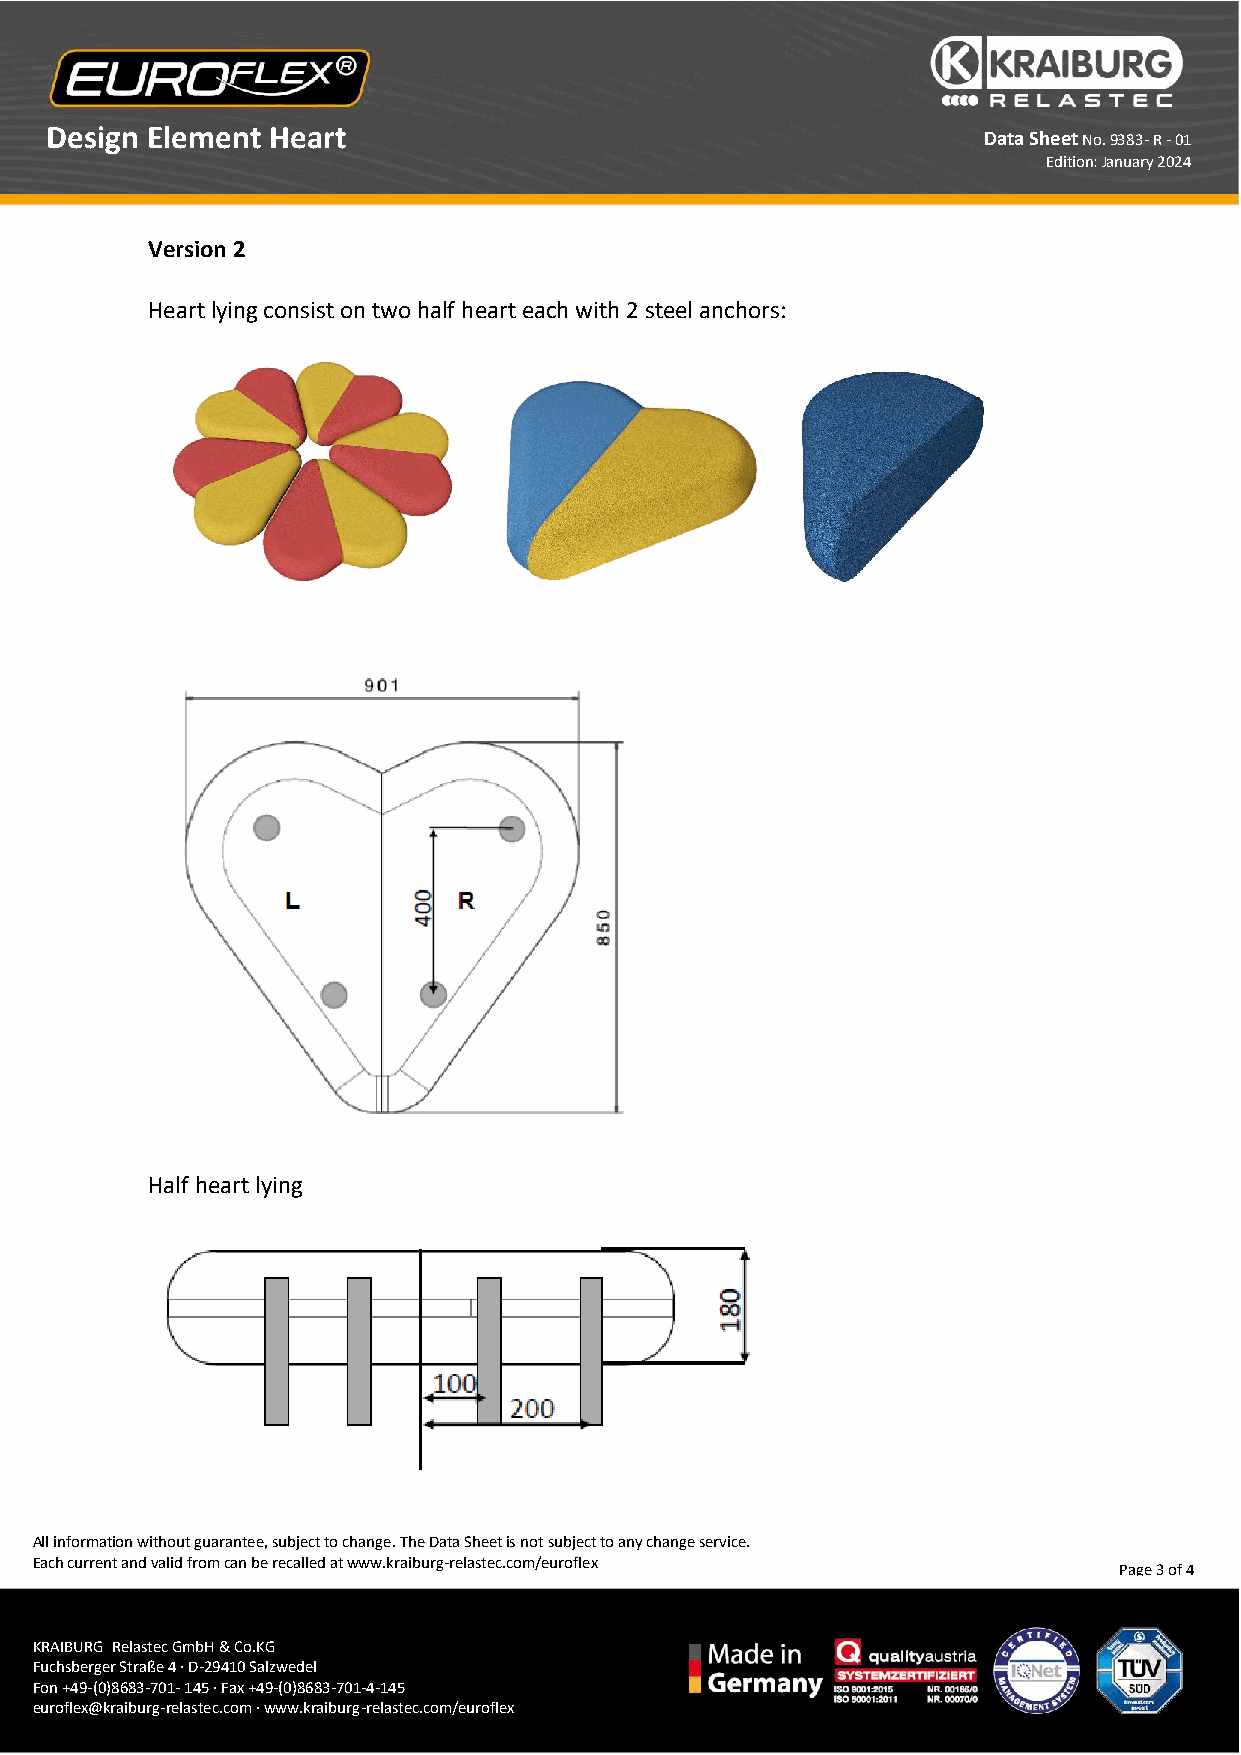
Design Element Heart
 Data Sheet No. 9383- R - 01
 Edition: January 2024
 Version 2
 Heart lying consist on two half heart each with 2 steel anchors:
 Half heart lying
 All information w ithout guarantee, subject to change. The Data Sheet is not subject to any change service.
 Each current and valid from can be recalled at www.kraiburg-relastec.com/euroflex
 Page 3 of 4
 KRAIBURG Relastec GmbH & Co.KG
 Fuchsberger Straße 4 · D-29410 Salzwedel
 Fon +49-(0)8683- 701- 145 · Fax +49-(0)8683-701-4-145
 euroflex@kraiburg-relastec.com · www.kraiburg-relastec.com/euroflex